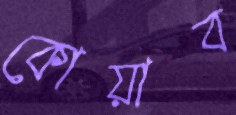
কোয়াব